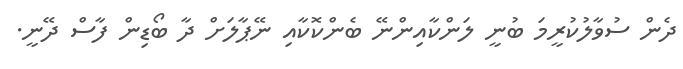
ދެން ސުވާލުކުރީމަ ބުނީ ލަންކާއިންނޭ ބެންކޮކާއި ނޭޕާލަށް ދާ ބޯޑިން ފާސް ދޭނީ.